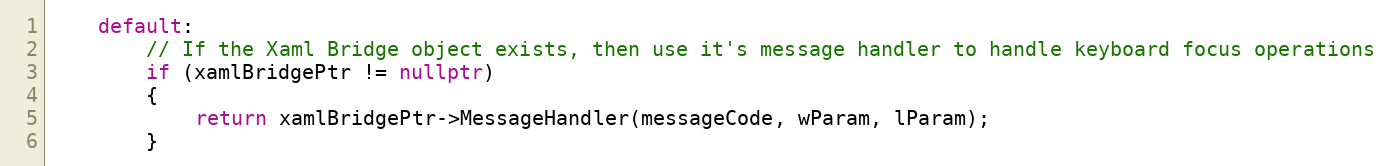
Language: C++
    default:
        // If the Xaml Bridge object exists, then use it's message handler to handle keyboard focus operations
        if (xamlBridgePtr != nullptr)
        {
            return xamlBridgePtr->MessageHandler(messageCode, wParam, lParam);
        }